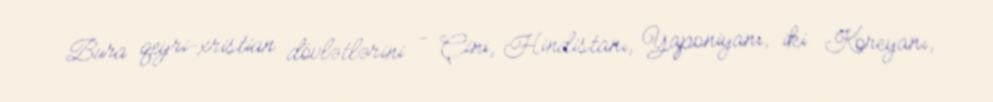
Bura qeyri-xristian dövlətlərini - Çini, Hindistanı, Yaponiyanı, iki Koreyanı,